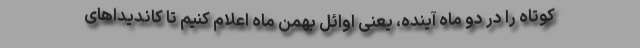
کوتاه را در دو ماه آینده، یعنی اوائل بهمن ماه اعلام کنیم تا کاندیداهای